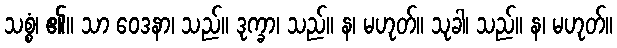
သစ္စံ၊ ၏။ သာ ဝေဒနာ၊ သည်။ ဒုက္ခာ၊ သည်။ န၊ မဟုတ်။ သုခါ၊ သည်။ န၊ မဟုတ်။